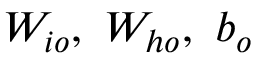
W _ { i o } , ~ W _ { h o } , ~ b _ { o }